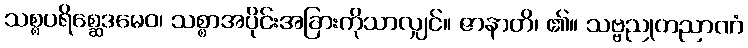
သစ္စပရိစ္ဆေဒမေဝ၊ သစ္စာအပိုင်းအခြားကိုသာလျှင်။ ဇာနာတိ၊ ၏။ သဗ္ဗညုတညာဏံ